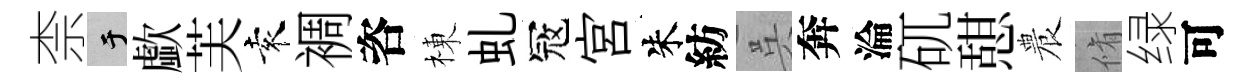
柰于歔芙袁裯咨棟虬冦宫朱紡呉奔淪矹憇農脩绿可